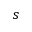
s